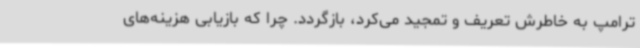
ترامپ به خاطرش تعریف و تمجید می‌کرد، بازگردد. چرا که بازیابی هزینه‌های